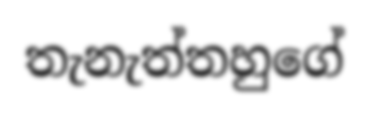
තැනැත්තහුගේ